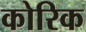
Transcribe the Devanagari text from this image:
कोरिक